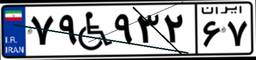
۷۹W۹۳۲۶۷